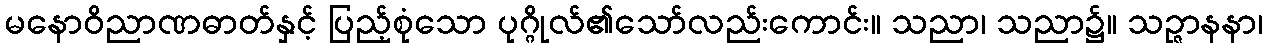
မနောဝိညာဏဓာတ်နှင့် ပြည့်စုံသော ပုဂ္ဂိုလ်၏သော်လည်းကောင်း။ သညာ၊ သညာ၌။ သဉ္ဇာနနာ၊